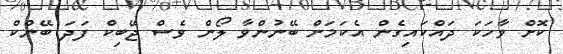
ކޮށް ވާހަކަ ދައްކައިގެން އެކަމަށް ބޭނުންވާ ލޯން ވެސް ޖޭބިކް ފަދަ ބޭންކް